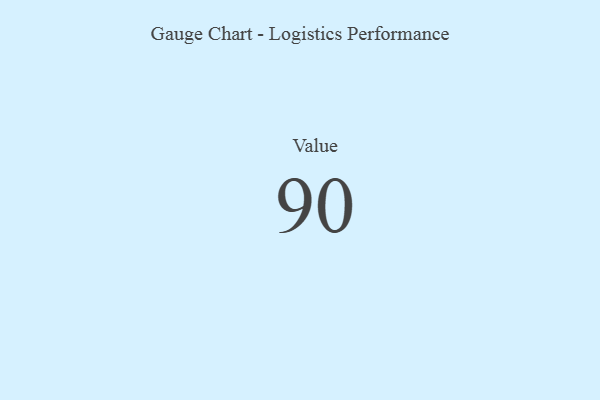
{"axis": {"x": "Metric", "y": "Value"}, "legend": [""], "data": [{"x": "Value", "y": 90, "type": ""}]}